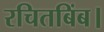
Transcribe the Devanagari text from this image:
रचितबिंब।